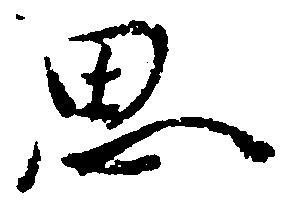
思